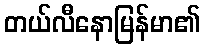
တယ်လီနောမြန်မာ၏